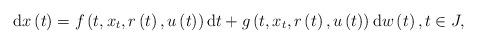
LaTeX: \begin{align*}\mathrm{d}x\left( t\right) =f\left( t,x_{t},r\left( t\right) ,u\left(t\right) \right) \mathrm{d}t+g\left( t,x_{t},r\left( t\right) ,u\left(t\right) \right) \mathrm{d}w\left( t\right) ,t\in J, \end{align*}